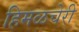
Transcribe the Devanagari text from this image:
हिमळचेरी